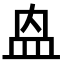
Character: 𭽼